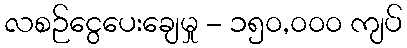
လစဉ်ငွေပေးချေမှု - ၁၅၀,၀၀၀ ကျပ်